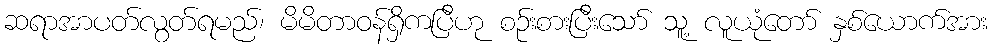
ဆရာအာပတ်လွတ်ရမည်၊ မိမိတာဝန်ရှိကပြီဟု စဉ်းစားပြီးသော် သူ့ လူယုံတော် နှစ်ယောက်အား